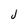
Character: j